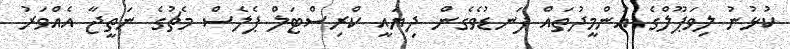
ކުޅުނު ލިވަޕޫލްގެ އުންމީދުތައް ފަނޑުވެގެން ދިޔައީ ކްރިސްޓަލް ޕެލެސް މެޗުގެ ނަތީޖާ އެއްވަރު